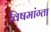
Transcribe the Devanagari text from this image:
विषमांग्ता